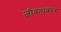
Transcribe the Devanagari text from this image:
जीवनावरर